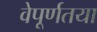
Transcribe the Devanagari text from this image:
वेपूर्णतया